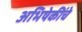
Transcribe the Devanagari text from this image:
अभिषेकींचे